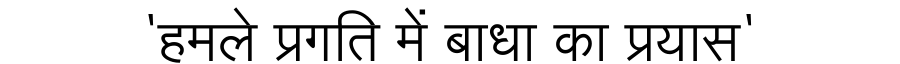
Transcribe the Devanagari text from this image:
'हमले प्रगति में बाधा का प्रयास'